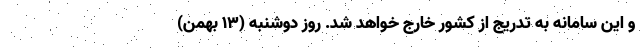
و این سامانه به تدریج از کشور خارج خواهد شد. روز دوشنبه (۱۳ بهمن)